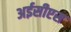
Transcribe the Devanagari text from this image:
अईसीएस